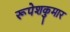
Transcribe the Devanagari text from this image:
रूपेशकुमार